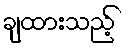
ချထားသည့်